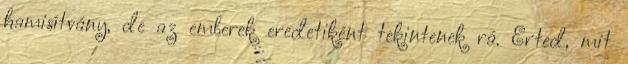
hamisítvány, de az emberek eredetiként tekintenek rá. Érted, mit